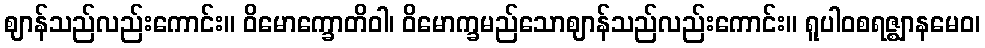
ဈာန်သည်လည်းကောင်း။ ဝိမောက္ခောတိဝါ၊ ဝိမောက္ခမည်သောဈာန်သည်လည်းကောင်း။ ရူပါဝစရဇ္ဈာနမေဝ၊